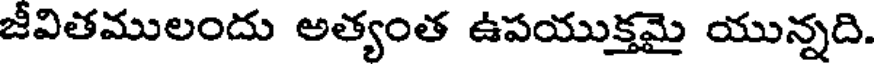
జీవితములందు అత్యంత ఉపయుక్తమై యున్నది.